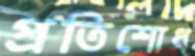
প্রতিশোধ